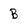
Character: B